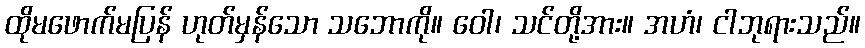
ထိုမဖောက်မပြန် ဟုတ်မှန်သော သဘောကို။ ဝေါ၊ သင်တို့အား။ အဟံ၊ ငါဘုရားသည်။